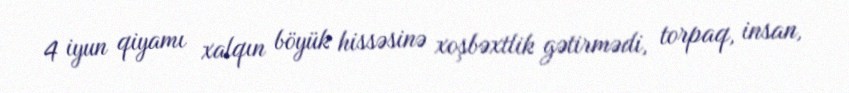
4 iyun qiyamı xalqın böyük hissəsinə xoşbəxtlik gətirmədi, torpaq, insan,